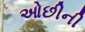
ઓછીની